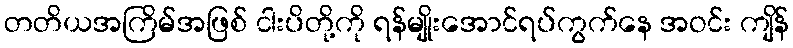
တတိယအကြိမ်အဖြစ် ငါးပိတို့ကို ရန်မျိုးအောင်ရပ်ကွက်နေ အဝင်း ကျိန်